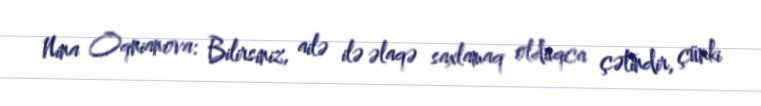
Nina Oqnianova: Bilirsiniz, ailə ilə əlaqə saxlamaq olduqca çətindir, çünki